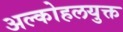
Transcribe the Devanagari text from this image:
अल्कोहलयुक्त